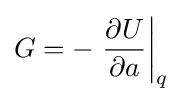
G=-\left.{\frac {\partial U}{\partial a}}\right|_{q}